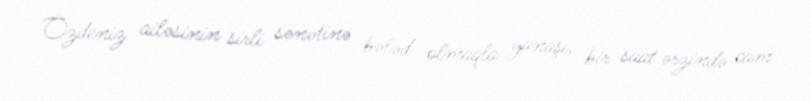
Özdeniz ailəsinin sirli sənətinə bələd olmaqla yanaşı, bir saat ərzində cam